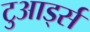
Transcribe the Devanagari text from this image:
टुआर्ड्स